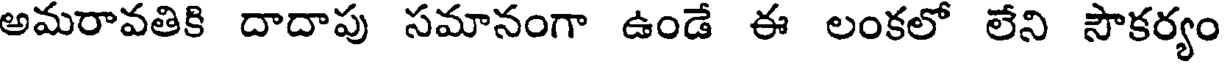
అమరావతికి దాదాపు సమానంగా ఉండే ఈ లంకలో లేని సౌకర్యం